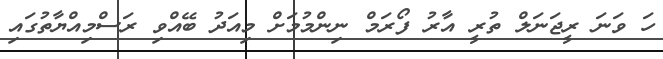
ހަ ވަނަ ރީޖަނަލް ތުރީ އާރު ފޯރަމް ނިންމުމަށް މިއަދު ބޭއްވި ރަސްމިއްޔާތުގައި